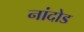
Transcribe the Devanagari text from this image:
नांदोड